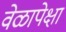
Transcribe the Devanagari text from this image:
वेळापेक्षा